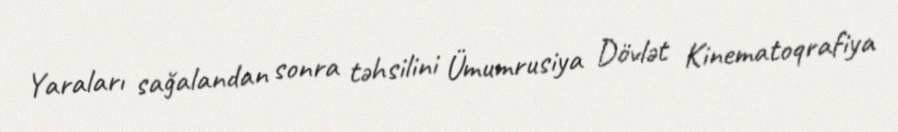
Yaraları sağalandan sonra təhsilini Ümumrusiya Dövlət Kinematoqrafiya